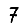
Digit: 7